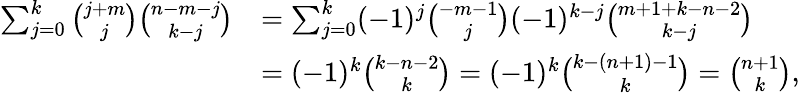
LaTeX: {\begin{array}{rl}{\sum_{j=0}^{k}{\binom{j+m}{j}}{\binom{n-m-j}{k-j}}}&{=\sum_{j=0}^{k}(-1)^{j}{\binom{-m-1}{j}}(-1)^{k-j}{\binom{m+1+k-n-2}{k-j}}}\\ &{=(-1)^{k}{\binom{k-n-2}{k}}=(-1)^{k}{\binom{k-(n+1)-1}{k}}={\binom{n+1}{k}},}\end{array}}